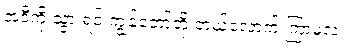
အဲဒီကို သွားရင် ကျွန်တော်တို့ ဘယ်လောက် ကြာမလဲ။